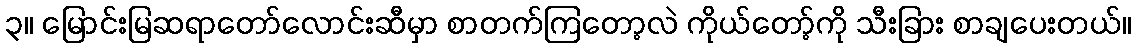
၃။ မြောင်းမြဆရာတော်လောင်းဆီမှာ စာတက်ကြတော့လဲ ကိုယ်တော့်ကို သီးခြား စာချပေးတယ်။